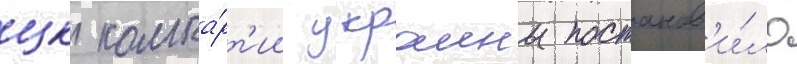
цк компа́рт'ии украины постанов'и́ло